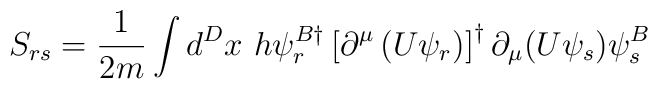
S_{rs} = \frac{1}{2m} \int d^D x~h \psi_r^{B\dagger} \left[ \partial^{\mu} \left(U \psi_r \right) \right]^{\dagger} \partial_{\mu} (U \psi_s) \psi_s^B